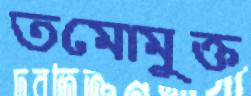
তমোমুক্ত